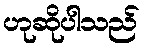
ဟုဆိုပါသည်